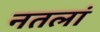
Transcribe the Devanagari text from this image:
नतलां